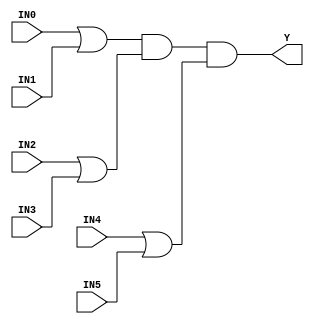
//------------------------------------------------------
// Copyright 1992, 1993 Cascade Design Automation Corporation.
//------------------------------------------------------
module stdoa222(IN0,IN1,IN2,IN3,IN4,IN5,Y);
  parameter
        d_IN0_r = 0,
        d_IN0_f = 0,
        d_IN1_r = 0,
        d_IN1_f = 0,
        d_IN2_r = 0,
        d_IN2_f = 0,
        d_IN3_r = 0,
        d_IN3_f = 0,
        d_IN4_r = 0,
        d_IN4_f = 0,
        d_IN5_r = 0,
        d_IN5_f = 0,
        d_Y_r = 1,
        d_Y_f = 1;
  input  IN0;
  input  IN1;
  input  IN2;
  input  IN3;
  input  IN4;
  input  IN5;
  output  Y;
  wire  IN0_temp;
  wire  IN1_temp;
  wire  IN2_temp;
  wire  IN3_temp;
  wire  IN4_temp;
  wire  IN5_temp;
  reg  Y_temp;
  assign #(d_IN0_r,d_IN0_f) IN0_temp = IN0;
  assign #(d_IN1_r,d_IN1_f) IN1_temp = IN1;
  assign #(d_IN2_r,d_IN2_f) IN2_temp = IN2;
  assign #(d_IN3_r,d_IN3_f) IN3_temp = IN3;
  assign #(d_IN4_r,d_IN4_f) IN4_temp = IN4;
  assign #(d_IN5_r,d_IN5_f) IN5_temp = IN5;
  assign #(d_Y_r,d_Y_f) Y = Y_temp;
  always
    @(IN0_temp or IN1_temp or IN2_temp or IN3_temp or IN4_temp or IN5_temp)
      begin
      Y_temp = (((IN0_temp | IN1_temp) & (IN2_temp | IN3_temp)) & (IN4_temp | IN5_temp));
      end
endmodule